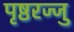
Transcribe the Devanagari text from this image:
पृष्ठरज्जु